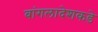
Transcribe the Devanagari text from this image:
बांगलादेशकडे